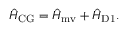
\hat { H } _ { \mathrm { C G } } = \hat { H } _ { \mathrm { m v } } + \hat { H } _ { \mathrm { D 1 } } .